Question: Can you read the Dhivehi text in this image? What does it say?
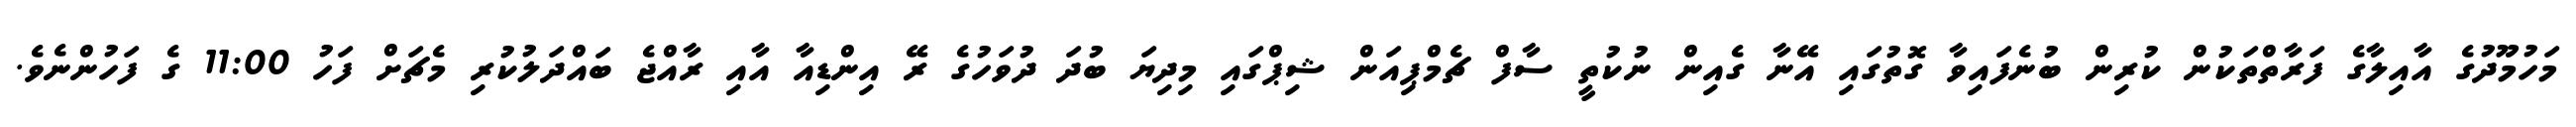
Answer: މަހުމޫދުގެ އާއިލާގެ ފަރާތްތަކުން ކުރިން ބުނެފައިވާ ގޮތުގައި އޭނާ ގެއިން ނުކުތީ ސާފް ޗެމްޕިއަން ޝިޕްގައި މިދިޔަ ބުދަ ދުވަހުގެ ރޭ އިންޑިއާ އާއި ރާއްޖެ ބައްދަލުކުރި މެޗަށް ފަހު 11:00 ގެ ފަހުންނެވެ.